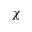
\chi